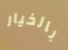
بالخيار